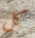
كل